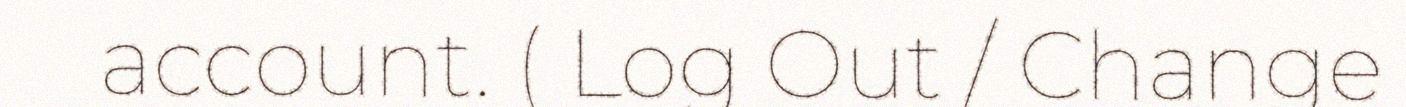
account. ( Log Out / Change